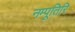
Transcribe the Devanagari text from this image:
नम्पूतिरि